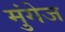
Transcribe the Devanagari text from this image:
मुंगेज